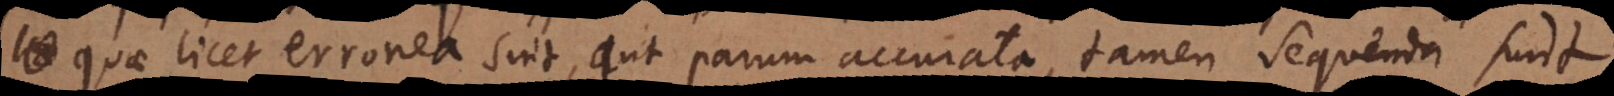
quae licet erronea sint, aut parum accurata, tamen sequenda sunt,